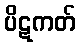
ပိဋကတ်